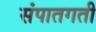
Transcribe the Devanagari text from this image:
संपातगती